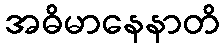
အဓိမာနေနာတိ